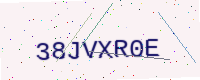
Text: 38JVXR0E